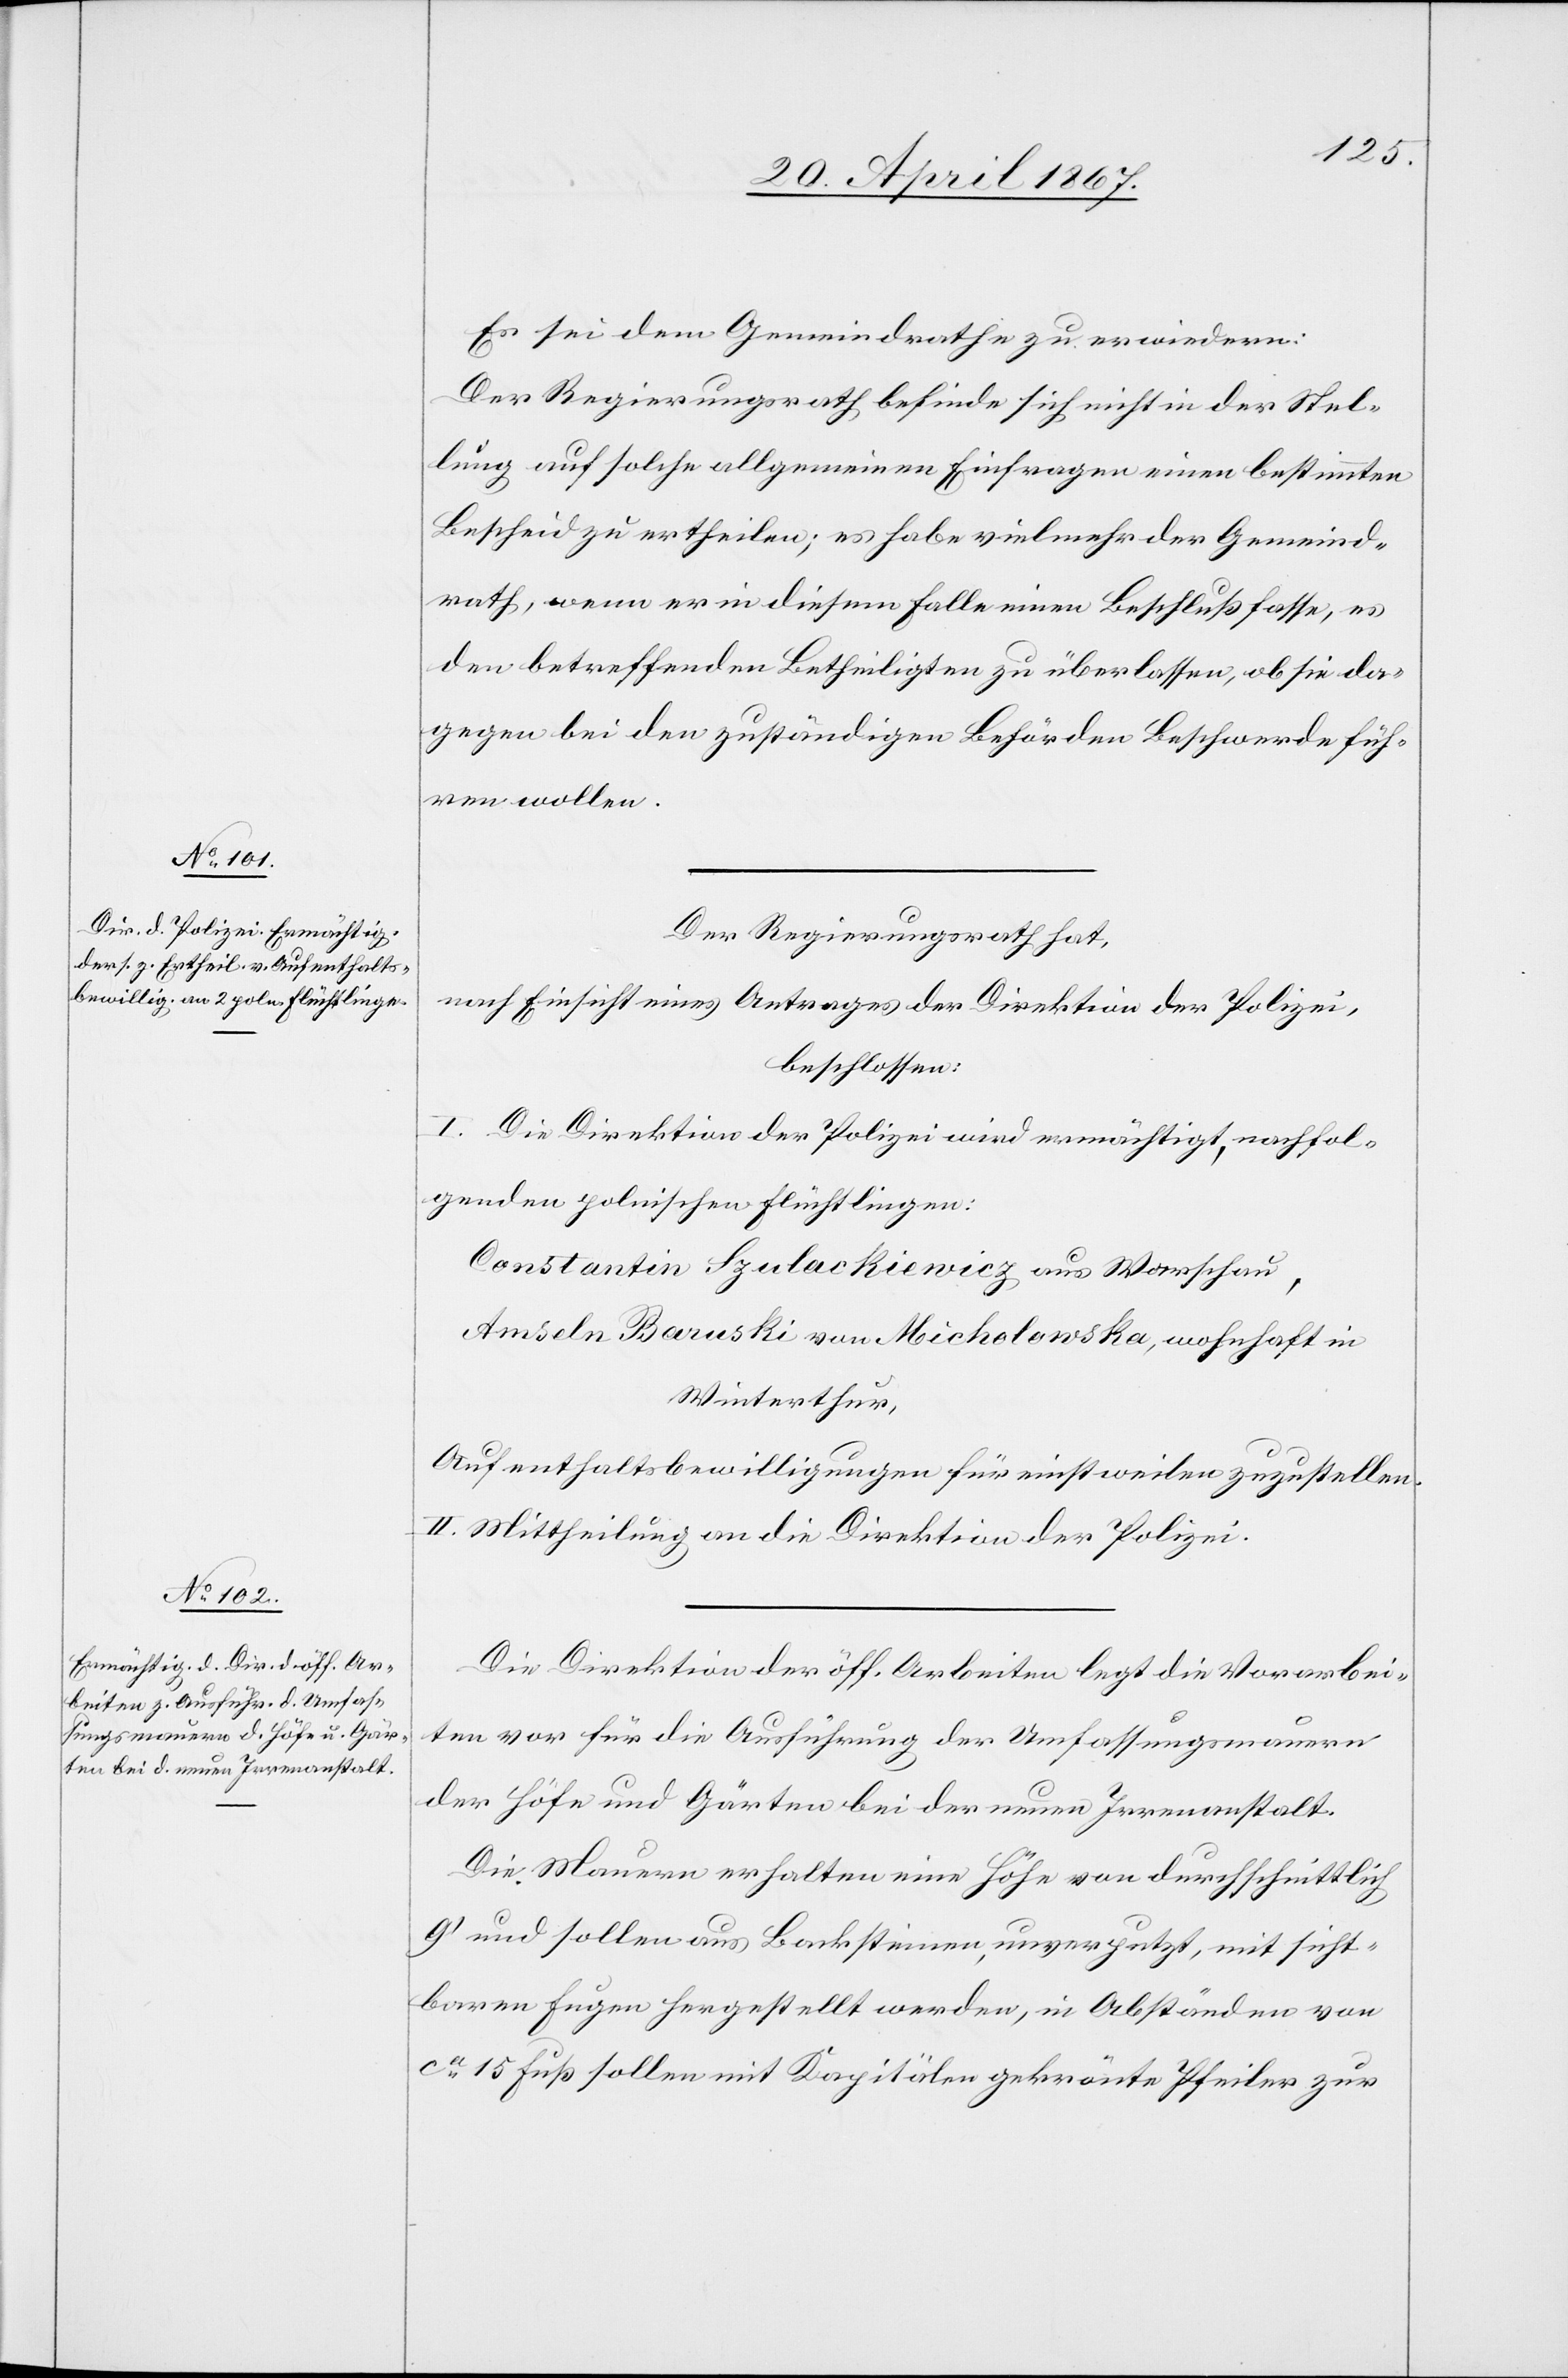
Es sei dem Gemeindrathe zu erwiedern:
Der Regierungsrath befinde sich nicht in der Stel¬
lung auf solche allgemeinen Einfragen einen bestimmten
Bescheid zu ertheilen; es habe vielmehr der Gemeind¬
rath, wenn er in diesem Falle einen Beschluß fasse, es
den betreffenden Betheiligten zu überlassen, ob sie da¬
gegen bei den zuständigen Behörden Beschwerde füh¬
ren wollen.
Der Regierungsrath hat,
nach Einsicht eines Antrages der Direktion der Polizei,
beschlossen:
I. Die Direktion der Polizei wird ermächtigt, nachfol¬
genden polnischen Flüchtlingen:
Constantin Szulac Kiewicz aus Warschau,
Amsel Baruski von Micholowska, wohnhaft in
Winterthur,
Aufenthaltsbewilligungen für einstweilen zuzustellen.
II. Mittheilung an die Direktion der Polizei.
Die Direktion der öff. Arbeiten legt die Vorarbei¬
ten vor für die Ausführung der Umfassungsmauern
der Höfe und Gärten bei der neuen Irrenanstalt.
Die Mauern erhalten eine Höhe von durchschnittlich
9’ und sollen aus Backsteinen, unverputzt, mit sicht¬
baren Fugen hergestellt werden, in Abständen von
ca. 15 Fuß sollen mit Kapitälen gekrönte Pfeiler zur